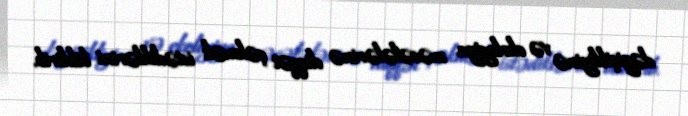
dəyişikliyinə və ekologiya məsələlərinə diqqət çəkmək istədiklərini bildirib.